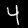
Digit: 4